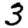
Digit: 3